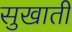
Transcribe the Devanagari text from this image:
सुखाती